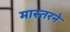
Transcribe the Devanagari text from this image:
मास्तरने